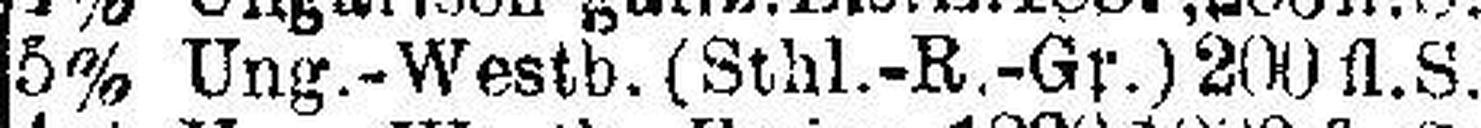
5% Ung.-Westb. (Sthl.-R.-Gr.) 200 fl.S.